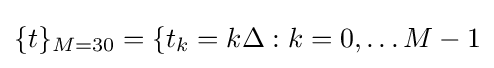
\{t\}_{M=30}=\{t_{k}=k\Delta :k=0,\ldots M-1